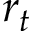
r _ { t }